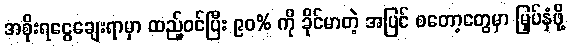
အစိုးရငွေချေးရာမှာ ထည့်ဝင်ပြီး ၉၀% ကို ခိုင်မာတဲ့ အပြင် စတော့တွေမှာ မြှပ်နှံဖို့